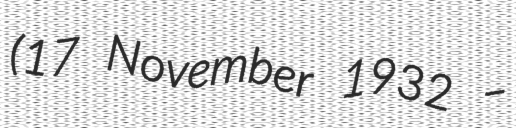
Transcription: (17 November 1932 –